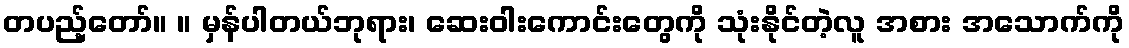
တပည့်တော်။ ။ မှန်ပါတယ်ဘုရား၊ ဆေးဝါးကောင်းတွေကို သုံးနိုင်တဲ့လူ အစား အသောက်ကို